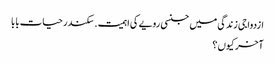
ازدواجی زندگی میں جنسی رویے کی اہمیت . سکندر حیات بابا
آخر کیوں ؟